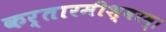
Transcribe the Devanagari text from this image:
कर्तारमीश्वरम्।